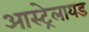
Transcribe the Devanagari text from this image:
आस्ट्रेलायड